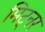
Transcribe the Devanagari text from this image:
मिट्नर